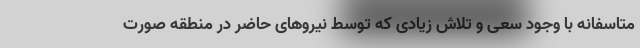
متاسفانه با وجود سعی و تلاش زیادی که توسط نیروهای حاضر در منطقه صورت